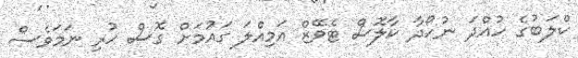
ކްލަބުގެ ހުއްދަ ނުހޯދާ ކާލޮސް ޓެވޭޒް އަމިއްލަ ގައުމަށް ގޮސް ހުރި ނަމަވެސް